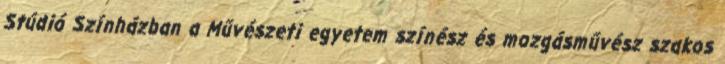
Stúdió Színházban a Művészeti egyetem színész és mozgásművész szakos